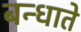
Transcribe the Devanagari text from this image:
बन्धाते